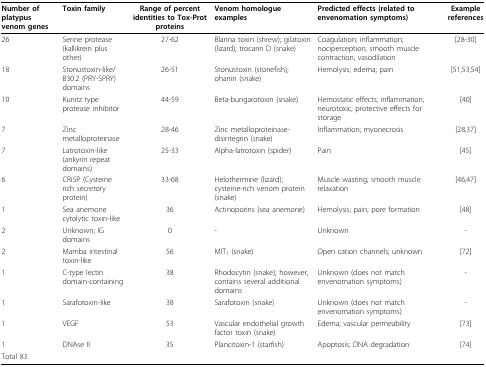
| Number of platypus venom genes | Toxin family | Range of percent identities to Tox-Prot proteins | Venom homologue examples | Predicted effects (related to envenomation symptoms) | Example references |
 | --- | --- | --- | --- | --- | --- |
 | 26 | Serine protease (kallikrein plus other) | 27-62 | Blarina toxin (shrew); gilatoxin (lizard); trocarin D (snake) | Coagulation; inflammation; nociperception; smooth muscle contraction; vasodilation | [28-30] |
 | 18 | Stonustoxin-like/B30.2 (PRY-SPRY) domains | 26-51 | Stonustoxin (stonefish); ohanin (snake) | Hemolysis; edema; pain | [51,53,54] |
 | 10 | Kunitz type protease inhibitor | 44-59 | Beta-bungarotoxin (snake) | Hemostatic effects; inflammation; neurotoxic; protective effects for storage | [40] |
 | 7 | Zinc metalloproteinase | 28-46 | Zinc metalloproteinase-disintegrin (snake) | Inflammation; myonecrosis | [28,37] |
 | 7 | Latrotoxin-like (ankyrin repeat domains) | 25-33 | Alpha-latrotoxin (spider) | Pain | [45] |
 | 6 | CRiSP (Cysteine rich secretory protein) | 33-68 | Helothermine (lizard); cysteine-rich venom protein (snake) | Muscle wasting; smooth muscle relaxation | [46,47] |
 | 1 | Sea anemone cytolytic toxin-like | 36 | Actinoporins (sea anemone) | Hemolysis; pain; pore formation | [48] |
 | 2 | Unknown; IG domains | 0 | - | Unknown | - |
 | 2 | Mamba intestinal toxin-like | 56 | MIT1 (snake) | Open cation channels; unknown | [72] |
 | 1 | C-type lectin domain-containing | 38 | Rhodocytin (snake); however, contains several additional domains | Unknown (does not match envenomation symptoms) | - |
 | 1 | Sarafotoxin-like | 38 | Sarafotoxin (snake) | Unknown (does not match envenomation symptoms) | - |
 | 1 | VEGF | 53 | Vascular endothelial growth factor toxin (snake) | Edema; vascular permeability | [73] |
 | 1 | DNAse II | 35 | Plancitoxin-1 (starfish) | Apoptosis; DNA degradation | [74] |
 | Total 83 |  |  |  |  |  |